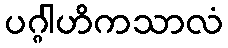
ပဂ္ဂါဟိကသာလံ